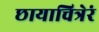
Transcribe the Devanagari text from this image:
छायाचित्रेरं